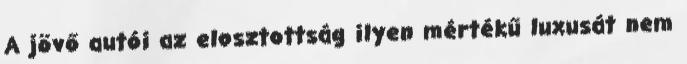
A jövő autói az elosztottság ilyen mértékű luxusát nem